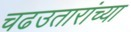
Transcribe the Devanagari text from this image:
चढउतारांच्या